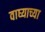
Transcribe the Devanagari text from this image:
वाघ्याच्या